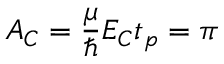
A _ { C } = \frac { \mu } { \hbar } E _ { C } t _ { p } = \pi